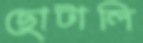
ছোটালি